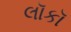
લૉકૉ